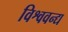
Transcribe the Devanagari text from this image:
विश्ववन्द्य